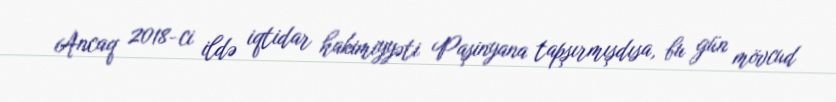
Ancaq 2018-ci ildə iqtidar hakimiyyəti Paşinyana tapşırmışdısa, bu gün mövcud